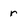
Character: r